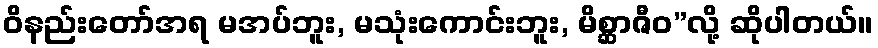
ဝိနည်းတော်အရ မအပ်ဘူး, မသုံးကောင်းဘူး, မိစ္ဆာဇီဝ”လို့ ဆိုပါတယ်။